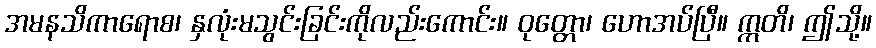
အမနသိကာရောစ၊ နှလုံးမသွင်းခြင်းကိုလည်းကောင်း။ ဝုတ္တော၊ ဟောအပ်ပြီ။ ဣတိ၊ ဤသို့။